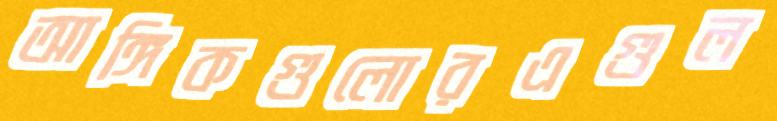
আঙ্গিকগুলোরএগুল